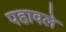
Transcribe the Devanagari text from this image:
पहावले